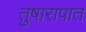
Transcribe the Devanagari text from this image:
तुषारापात